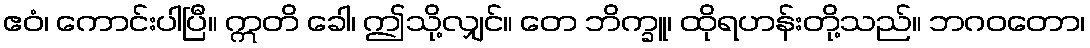
ဧဝံ၊ ကောင်းပါပြီ။ ဣတိ ခေါ၊ ဤသို့လျှင်။ တေ ဘိက္ခူ၊ ထိုရဟန်းတို့သည်။ ဘဂဝတော၊